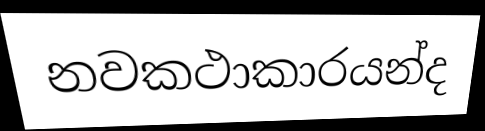
නවකථාකාරයන්ද